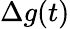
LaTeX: \Delta g(t)